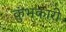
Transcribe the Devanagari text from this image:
कुंभकारी